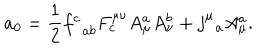
a _ { 0 } = \frac { 1 } { 2 } f _ { \; \; a b } ^ { c } F _ { c } ^ { \mu \nu } A _ { \mu } ^ { a } A _ { \nu } ^ { b } + j _ { \; \; a } ^ { \mu } A _ { \mu } ^ { a } .